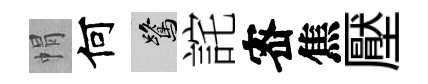
㡌何鷺詫宻焦壓